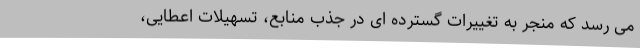
می رسد که منجر به تغییرات گسترده ای در جذب منابع، تسهیلات اعطایی،